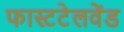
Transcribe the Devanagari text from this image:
फास्टटेलवेंड